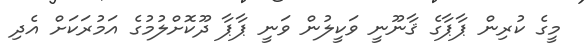
މީގެ ކުރިން ޕާޕާގެ ޤާނޫނީ ވަކީލުން ވަނީ ޕާޕާ ދޫކޮށްލުމުގެ އަމުރަކަށް އެދި